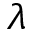
\lambda